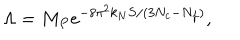
LaTeX: \Lambda = M _ { P } e ^ { - 8 \pi ^ { 2 } k _ { N } S / ( 3 N _ { c } - N _ { f } ) } ,